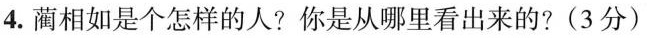
4.蔺相如是个怎样的人?你是从哪里看出来的?(3分)